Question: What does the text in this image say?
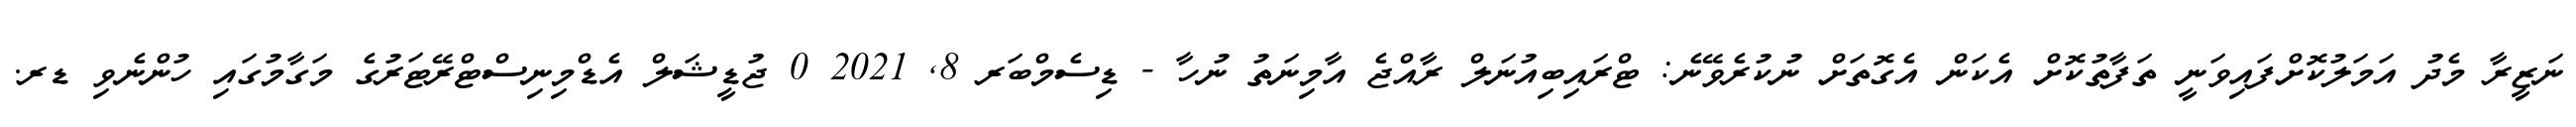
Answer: ނަޒީރާ މެދު އަމަލުކޮށްފައިވަނީ ތަފާތުކޮށް އެކަން އެގޮތަށް ނުކުރެވޭނެ: ޓްރައިބިއުނަލް ރާއްޖެ އާމިނަތު ނުހާ - ޑިސެމްބަރ 8, 2021 0 ޖުޑީޝަލް އެޑްމިނިސްޓްރޭޓަރުގެ މަގާމުގައި ހުންނެވި ޑރ.